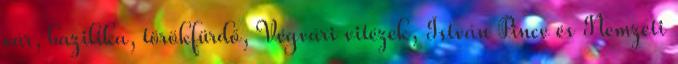
vár, bazilika, törökfürdő, Végvári vitézek, István Pince és Nemzeti